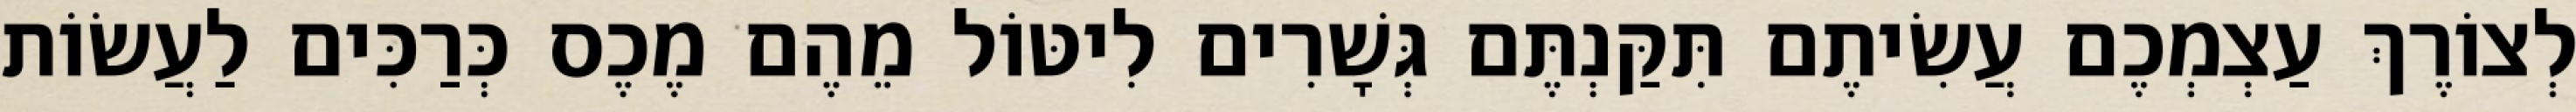
לְצוֹרֶךְ עַצְמְכֶם עֲשִׂיתֶם תִּקַּנְתֶּם גְּשָׁרִים לִיטּוֹל מֵהֶם מֶכֶס כְּרַכִּים לַעֲשׂוֹת